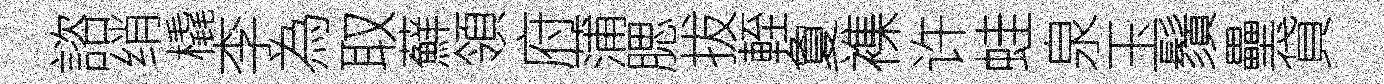
諮绡橇李為取蘚領府蒲腮拔輊夐襍许蛙泉玉鬚壘貸